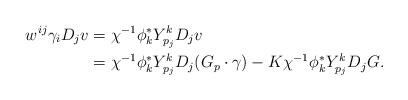
LaTeX: \begin{align*} w^{ij}\gamma_iD_j v &= \chi^{-1}\phi^*_kY^k_{p_j}D_j v \\& = \chi^{-1}\phi^*_kY^k_{p_j}D_j(G_p \cdot \gamma) - K\chi^{-1}\phi^*_kY^k_{p_j} D_j G. \end{align*}